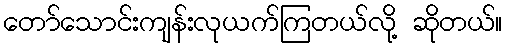
တော်သောင်းကျန်းလုယက်ကြတယ်လို့ ဆိုတယ်။